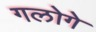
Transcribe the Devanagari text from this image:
गलोगे